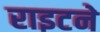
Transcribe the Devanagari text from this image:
राइटने